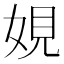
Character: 娊